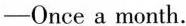
-Once a month.